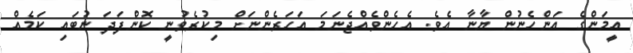
އީމަންގެ އަންހެނުން ޔާނާ އެވެ. އެހެންވެއްޖެނަމަ އަހަރެންނަށް މިކުރެވުނީ ކޮންފަދަ ނުބައި ކަމެއް